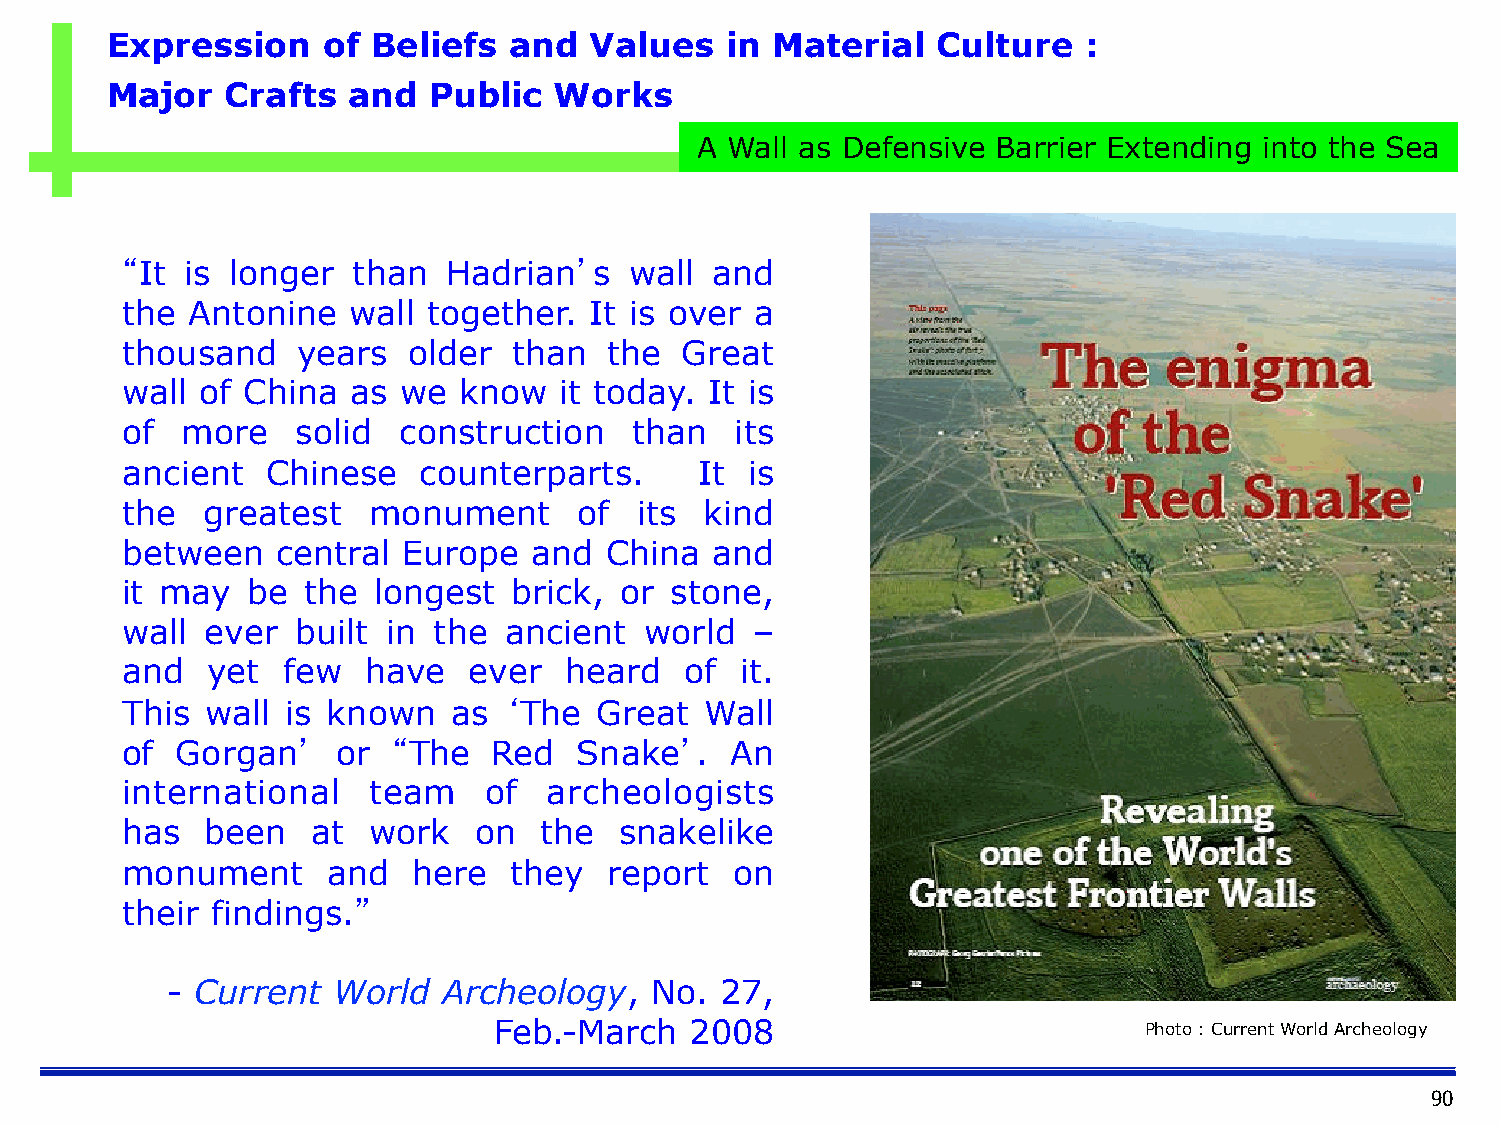
Expression    of  Beliefs  and  Values   in Material   Culture   :
 Major   Crafts  and  Public   Works
 A Wall as Defensive Barrier Extending into the Sea
 “It is longer  than   Hadrian’s   wall and
 the Antonine   wall together.  It is over a
 thousand    years  older  than  the  Great
 wall of China  as we  know   it today. It is
 of  more    solid construction    than   its
 ancient   Chinese   counterparts.     It is
 the  greatest   monument      of  its  kind
 between   central  Europe  and  China  and
 it may  be  the  longest  brick, or stone,
 wall  ever  built in the ancient   world  –
 and   yet  few  have   ever  heard   of  it.
 This  wall is known   as ‘The  Great   Wall
 of  Gorgan’   or  “The   Red  Snake’.   An
 international   team    of  archeologists
 has   been   at work   on   the  snakelike
 monument      and  here   they  report   on
 their findings.”
 - Current  World  Archeology,   No.  27,
 Feb.-March   2008                          Photo : Current World Archeology
 90